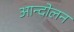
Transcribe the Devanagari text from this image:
अान्दोलन